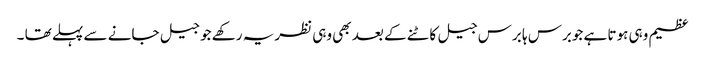
عظیم وہی ہوتا ہے جوبرس ہا برس جیل کاٹنے کے بعد بھی وہی نظریہ رکھے جو جیل جانے سے پہلے تھا ۔